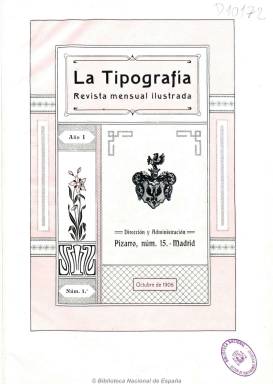
Título: La Tipografía (Madrid. 1906)
Colección: Artes gráficas
Ámbito geográfico: Madrid
Lugar de publicación: Madrid
Fechas: 01/10/1906-30/11/1907

Publicación técnica con el subtítulo de “revista mensual ilustrada de imprenta, litografía, fotografía, grabado, fotografía y artes similares”, que quiso ser una “tribuna libre” para la divulgación de los conocimientos y las enseñanzas profesionales del bello arte de imprimir.

Incluye artículos sobre el tratamiento gráfico, la propiedad literaria, la legislación laboral, la historia de la imprenta, la confección de periódicos y libros, miscelánea de noticias sobre los adelantos de esta industria y bibliografía, así como anuncios comerciales de maquinaria e imprentas de artes gráficas.

Se trata de una publicación bellamente confeccionada con excelentes alardes tipográficos, y entre estos, llegó a publicar una “biblioteca microscópica” con narraciones cortas de Miguel de Cervantes, así como algunos suplementos.

Su corta duración pudo deberse a las siempre precarias circunstancias económicas de este tipo de publicaciones, y en ella se dieron cita obreros tipográficos y maestros del arte de imprimir.